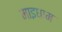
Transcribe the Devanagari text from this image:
माइधाम